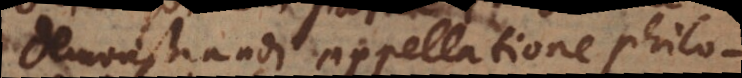
demonstrandi appellatione philo